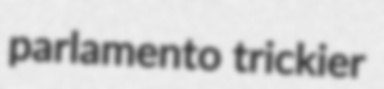
parlamento trickier